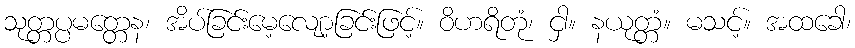
သုတ္တပ္ပမတ္တေန၊ အိပ်ခြင်းမေ့လျော့ခြင်းဖြင့်။ ဝိဟရိတုံ၊ ငှါ။ နယုတ္တံ။ မသင့်။ အထခေါ၊